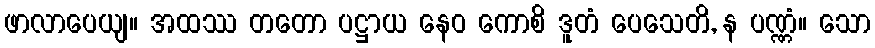
ဖာလာပေယျ။ အထဿ တတော ပဋ္ဌာယ နေဝ ကောစိ ဒူတံ ပေသေတိ, န ပဏ္ဏံ။ သော